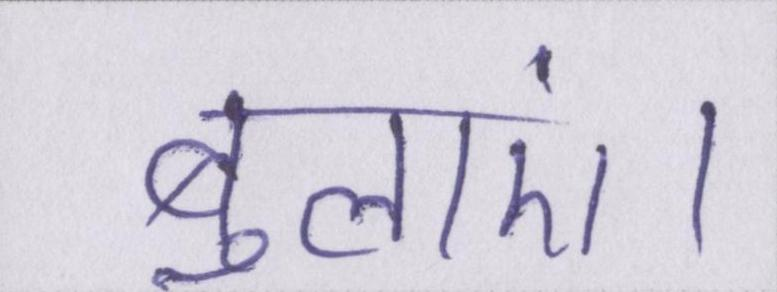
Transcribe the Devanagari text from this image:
बुलाएं।